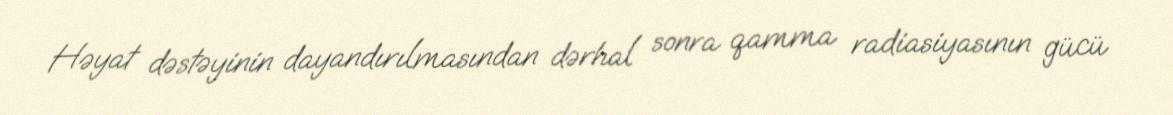
Həyat dəstəyinin dayandırılmasından dərhal sonra qamma radiasiyasının gücü